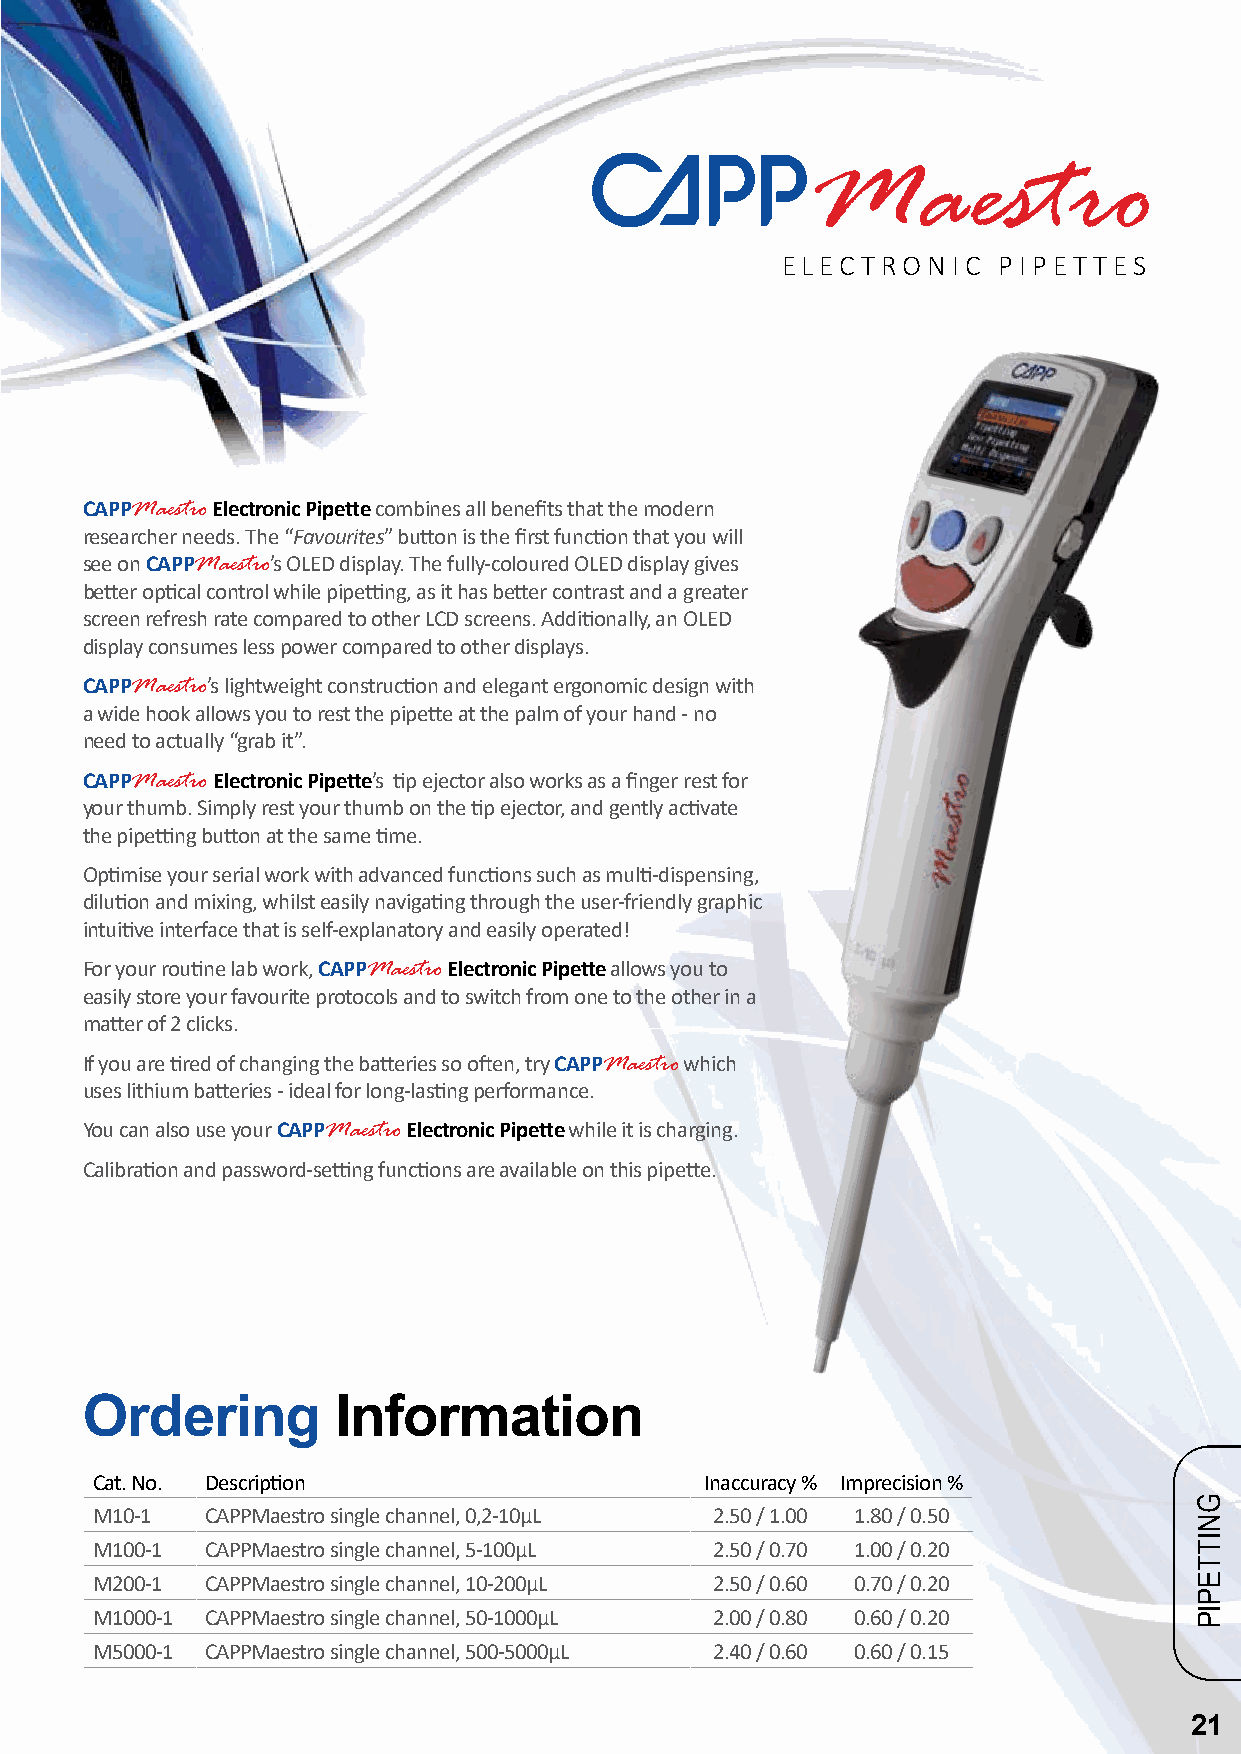
Maestro
 ELECTRONIC    PIPET TES
 CAPPMaestro Electronic Pipette combines all benefits that the modern
 researcher needs. The “Favourites” button is the first function that you will
 see on CAPPMaestro’s OLED display. The fully-coloured OLED display gives
 better optical control while pipetting, as it has better contrast and a greater
 screen refresh rate compared to other LCD screens. Additionally, an OLED
 display consumes less power compared to other displays.
 CAPPMaestro’s lightweight construction and elegant ergonomic design with
 a wide hook allows you to rest the pipette at the palm of your hand - no
 need to actually “grab it”.
 CAPPMaestro Electronic Pipette’s tip ejector also works as a finger rest for
 your thumb. Simply rest your thumb on the tip ejector, and gently activate
 the pipetting button at the same time.
 Optimise your serial work with advanced functions such as multi-dispensing,
 dilution and mixing, whilst easily navigating through the user-friendly graphic
 intuitive interface that is self-explanatory and easily operated!
 For your routine lab work, CAPPMaestro Electronic Pipette allows you to
 easily store your favourite protocols and to switch from one to the other in a
 matter of 2 clicks.
 If you are tired of changing the batteries so often, try CAPPMaestro which
 uses lithium batteries - ideal for long-lasting performance.
 You can also use your CAPPMaestro Electronic Pipette while it is charging.
 Calibration and password-setting functions are available on this pipette.
 Ordering         Information
 Cat. No. Description                     Inaccuracy % Imprecision %
 M10-1   CAPPMaestro single channel, 0,2-10µL 2.50 / 1.00 1.80 / 0.50
 M100-1  CAPPMaestro single channel, 5-100µL 2.50 / 0.70 1.00 / 0.20
 M200-1  CAPPMaestro single channel, 10-200µL 2.50 / 0.60 0.70 / 0.20
 M1000-1 CAPPMaestro single channel, 50-1000µL 2.00 / 0.80 0.60 / 0.20
 M5000-1 CAPPMaestro single channel, 500-5000µL 2.40 / 0.60 0.60 / 0.15
 21
 GNITTEPIP